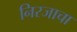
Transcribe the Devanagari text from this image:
निरजाचा